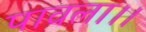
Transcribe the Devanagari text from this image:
पावला।।